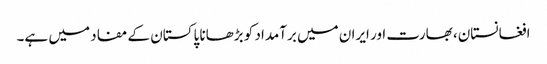
افغانستان، بھارت اور ایران میں برآمداد کو بڑھانا پاکستان کے مفاد میں ہے۔